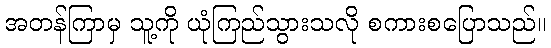
အတန်ကြာမှ သူ့ကို ယုံကြည်သွားသလို စကားစပြောသည်။